Vaccination in the Punjab 1905-1918 - 1905-1918
Year: 1905
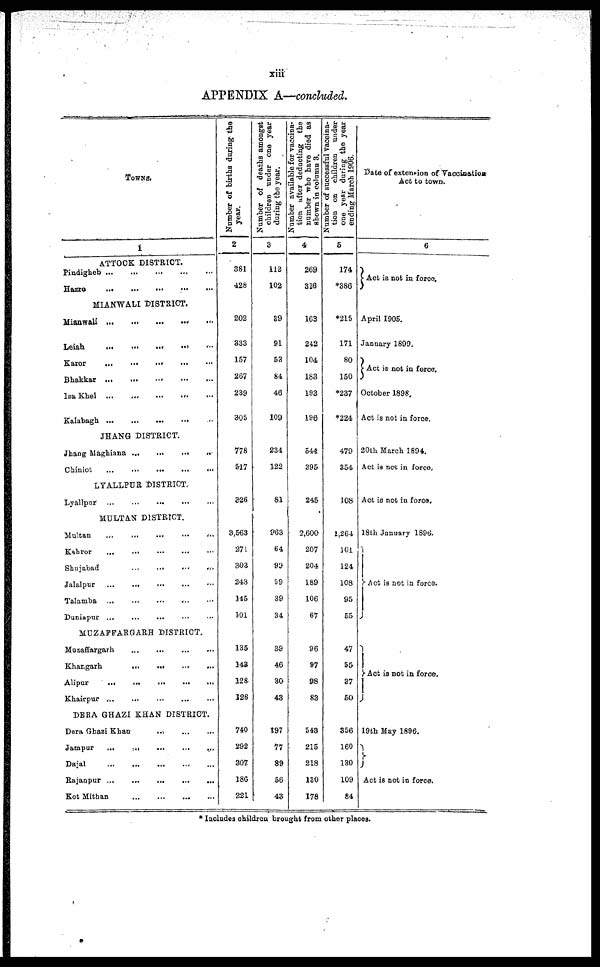
xiii
APPENDIX A—concluded.
TOWNS.
1
ATTOCK DISTRICT.
Pindigheb ... ... ... ... ...
Hazro
...
...
...
...
...
MIANWALI DISTRICT.
Mianwali
...
...
...
...
...
Leiah
...
...
...
...
...
Karor
...
...
...
...
...
Bhakkar ... ... ... ... ...
Isa Khel
...
...
...
...
...
Kalabagh ... ... ... ... ...
JHANG DISTRICT.
Jhang Maghiana
...
...
...
...
Chinict
...
...
...
...
...
LYALLPUR DISTRICT.
Lyallpur
...
...
...
...
...
MULTAN DISTRICT.
Multan
...
...
...
...
...
Kahror
...
...
...
...
...
Shujabad
...
...
...
...
...
Jalalpur ... ... ... ... ...
Talamba
...
...
...
...
...
Duniapur ... ... ... ... ...
MUZAFFARGARH DISTRICT.
Muzaffargarh ... ... ... ...
Khangarh
...
...
...
...
Alipur
...
...
...
...
...
Khairpur
...
...
...
...
...
DERA GHAZI KHAN DISTRICT.
Dera Ghazi Khan ... ... ...
Jampur
...
...
...
...
...
Dajal ... ... ... ... ...
Rajanpur
...
...
...
...
...
Kot Mithan
...
...
...
...
...
Number of births during the
year.
2
381
428
202
333
157
267
289
305
778
517
326
3,563
271
303
248
145
101
135
143
128
126
740
292
307
186
221
Number of deaths amongst
children tinder one year
during the year.
3
113
102
39
91
53
84
46
109
234
122
81
963
64
99
59
39
34
39
46
30
43
197
77
89
56
43
N
umber available for vaccina-
tion after deducting the
number who have died as
shown in column 3.
4
269
326
163
242
104
183
193
196
544
395
245
2,600
207
204
189
106
67
96
97
98
83
543
215
218
130
178
Number of successful vaccina-
tion on children under
one year during the year
ending March 1906.
5
174
*386
*215
171
80
150
*237
*224
479
354
108
1,264
101
124
108
95
55
47
55
37
50
356
160
130
109
84
Date of extension of Vaccinatior
Act to town.
6
Act is not in force.
April 1905.
January 1899.
Act is not in force.
October 1898.
Act is not in force.
20th March 1894.
Act is net in force.
Act is not in force.
18th January 1896.
Act is not in force.
Act is not in force.
19th May 1896.
Act is not in force.
* Includes children brought from other places.